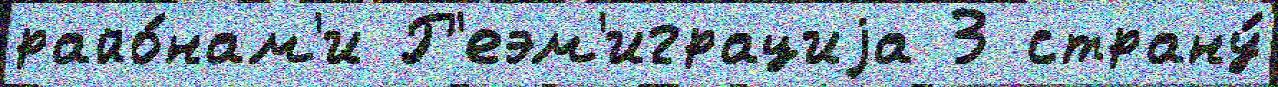
райо́нам'и Р'еэм'играциjа 3 страну́